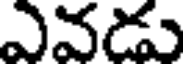
ఎవడు